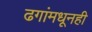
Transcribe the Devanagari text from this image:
ढगांमधूनही